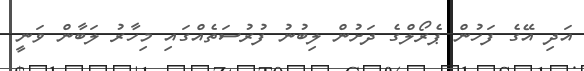
އަދި އޭގެ ފަހުން ޕެރޯލްގެ ދަށުން ލިބުނު ފުރުސަތެއްގައި މިހާރު ލަބާން ވަނީ